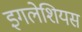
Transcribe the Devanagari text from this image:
इगलेशियस